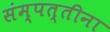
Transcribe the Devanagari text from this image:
संम्पत्तीना